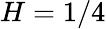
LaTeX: H=1/4